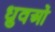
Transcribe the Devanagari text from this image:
ध्रुवओं